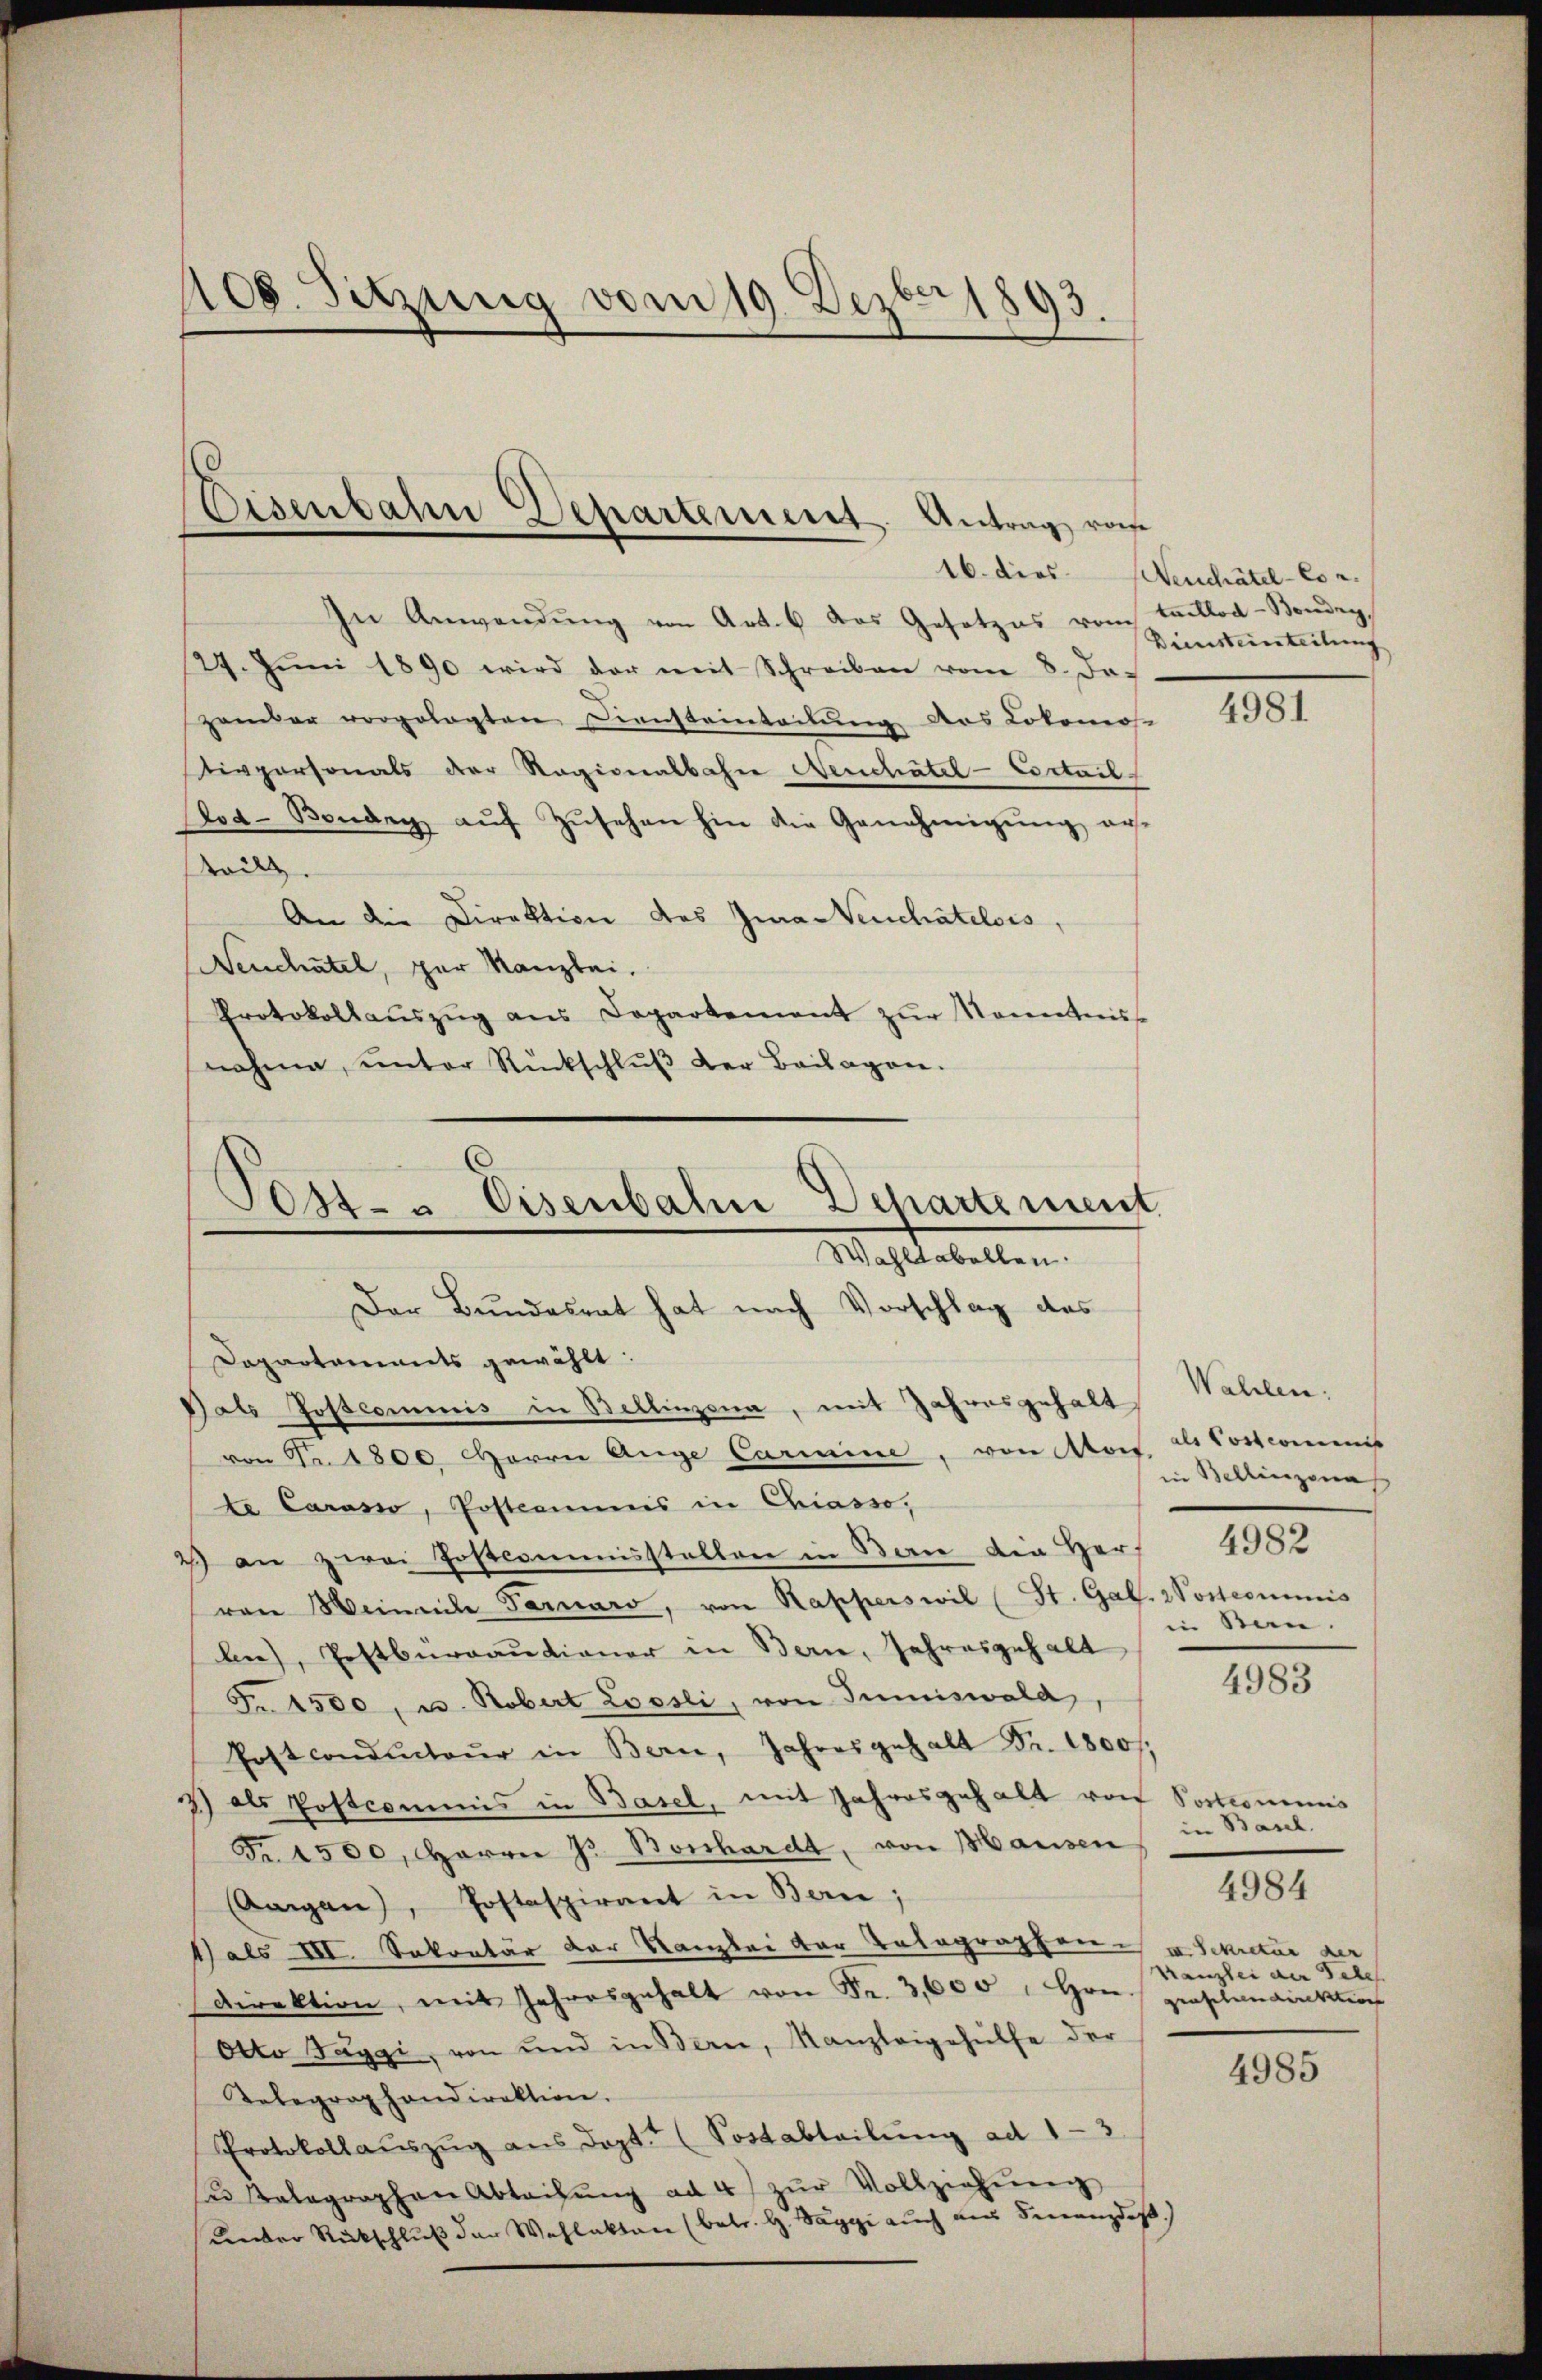
408. Sitzung vom 19. Dezbr 1893.

Eisenbahn Departement. Antrag von

In Anwendung von Art. 6 das Gesetzes vom taillod-Bonder
29. Jŭni 1890 wird der mit Schreiben vom 8. de
zambar vorgelegten Diensteinteilung des Lokomos
ippersonals der Ragionalbahn Neuchâtel - Cortail
oa-Bonder aŭf Zŭsehen hin die Genehmigŭng au
still
An die Direktion des Jura Venchatelois,
Neuchatel, par Kanzlei.
Protokollaŭszŭg ans Departement zŭr Kenntniss
nahme, unter Rückschlŭβ der Beilagen.
von Fr. 1800. Herrn Auge Carmine, von Mor. d. Postcommis
te Carasio, Posteamnis in Chiasso,
2) an zwei Postcommisstellen in Berne die Herz
van Meinete Tarnaro, von Kapperswil (St. Gal. Wostcommis
be), Pestbureautioner in Bern, Jahresgehalt
Fr. 4500, u. Robert Loosli, von Juniswald
Post conducteŭr in Bern, Jahresgehalt Fr. 1800.
2) als Postcommis in Basel, mit Jahresgehalt von Sortionens
Fr. 1500, Herrn J. Bosshardt, von Mausen
Arigan), Postaspirant in Berne;
1) als III. Sekretär der Kanzlei der Telegraphen v. Sekretär de
Direktion, mit Jahresgehalt von Fr. 3,600 " Hrn. prostandinkirch
Otto Taggi, von und in Bern, Kanzleigehülfe der
Telegraphondirektion.
Protokollauszug aus dopt. (Sostabteilung ad 1-3
es Telegraphen Abtachŭng ad 4) zŭr Vollziehŭng
Kinder Rückschluß der Wahlakten (betr. H. Saggi auch aus Finanzdeß.)

Pest- & Eisenbahne Departement
Wahltabellen.
Der Bundesrat hat nach Vorschlag des
Dapartariats gewählt:
Bals Postcommis in Bellinzona, mit Jahresgehalt

16. dies Neuchâtel- Es r.

Diensteinteilung

4981

Wahlen.
in Bellinzona
4982
in Stan.

4983

in Basel.
Kanzlei der Tele

4984

4985